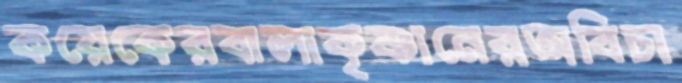
কয়েকেরবালাকৃষ্ণানেরঅবিচা